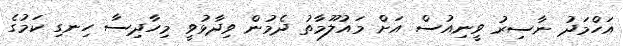
އަހްމަދު ނާސިރު ވީނިއުސް އަށް މައުލޫމާތު ދެމުން ވިދާޅުވީ މިހާދިސާ ހިނގި ކަމުގެ